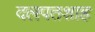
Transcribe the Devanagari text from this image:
दलपतशाह